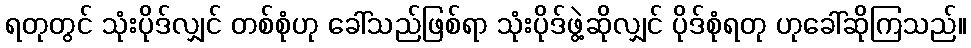
ရတုတွင် သုံးပိုဒ်လျှင် တစ်စုံဟု ခေါ်သည်ဖြစ်ရာ သုံးပိုဒ်ဖွဲ့ဆိုလျှင် ပိုဒ်စုံရတု ဟုခေါ်ဆိုကြသည်။